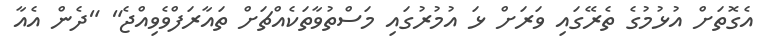
އެގޮތަށް އުޅުމުގެ ތެރޭގައި ވަރަށް ޅަ އުމުރުގައި މަސްތުވާތަކެއްޗަށް ތައާރަފްވެވިއްޖެ" "ދެން އެއާ